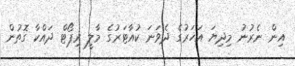
އިން ނެރުނު މިދިޔަ އަހަރުގެ ދެވަނަ ކުއާޓަރުގެ މާލީ ރިޕޯޓް ދައްކާ ގޮތުން